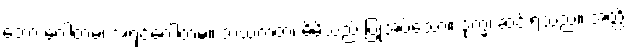
ဘော ဂေါတမ၊ အရှင်ဂေါတမ။ သယံကတံ၊ မိမိသည် ပြုအပ်သော။ ဒုက္ခံ၊ ဆင်းရဲသည်။ အတ္ထိ